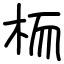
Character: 栭